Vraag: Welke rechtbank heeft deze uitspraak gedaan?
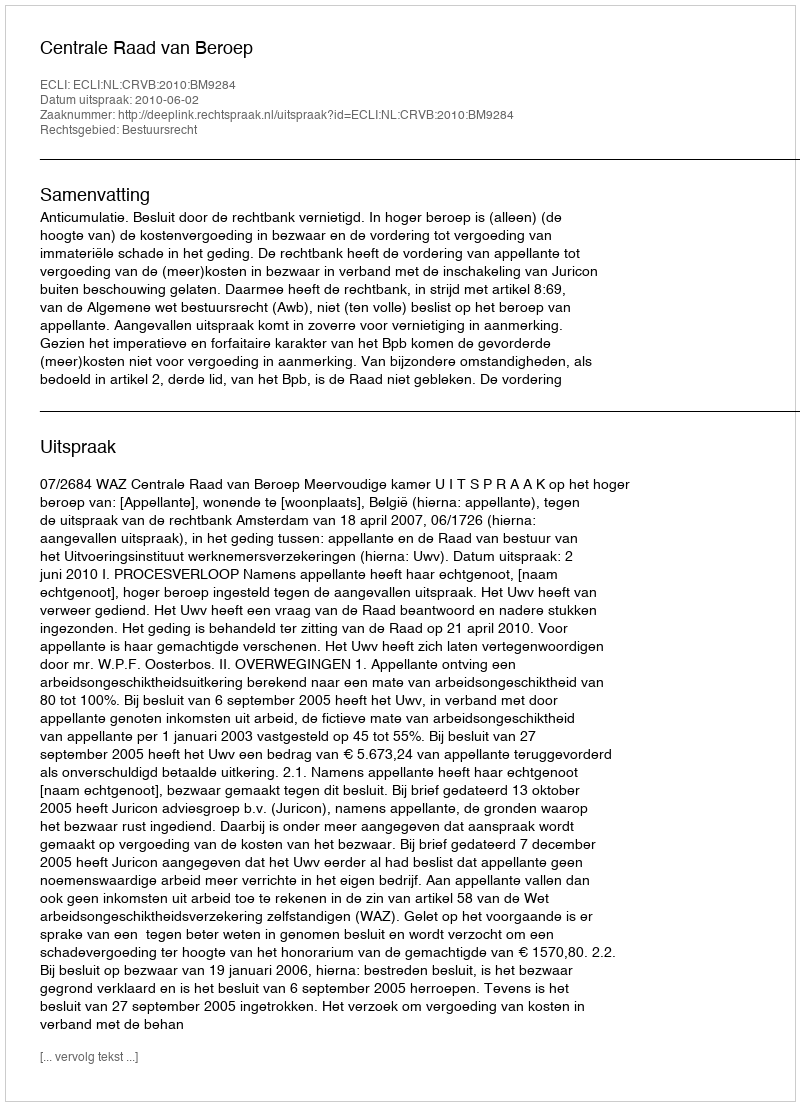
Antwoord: Centrale Raad van Beroep